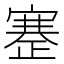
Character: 𰙶